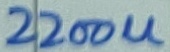
Text: 22ou